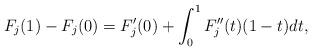
LaTeX: \begin{align*}F_j(1)-F_j(0)= F'_j(0)+\int_0^1F_j''(t)(1-t) dt,\end{align*}